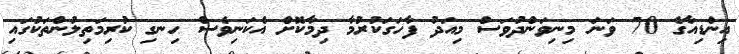
އިންޑިއާގެ 70 ވަނަ މިނިވަންދުވަސް މިއަދު ފާހަގަކުރުމާ ދިމާކޮށް އެކަނިވެސް ހިނގި ކުރިމަތިލުންތަކުގައި